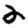
Digit: 2